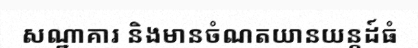
សណ្ឋាគារ និងមានចំណតយានយន្តដ៍ធំ